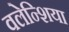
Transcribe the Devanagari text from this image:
वलेन्शिया